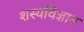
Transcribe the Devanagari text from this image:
शस्यविज्ञान